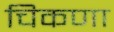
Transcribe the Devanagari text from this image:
चिकणा